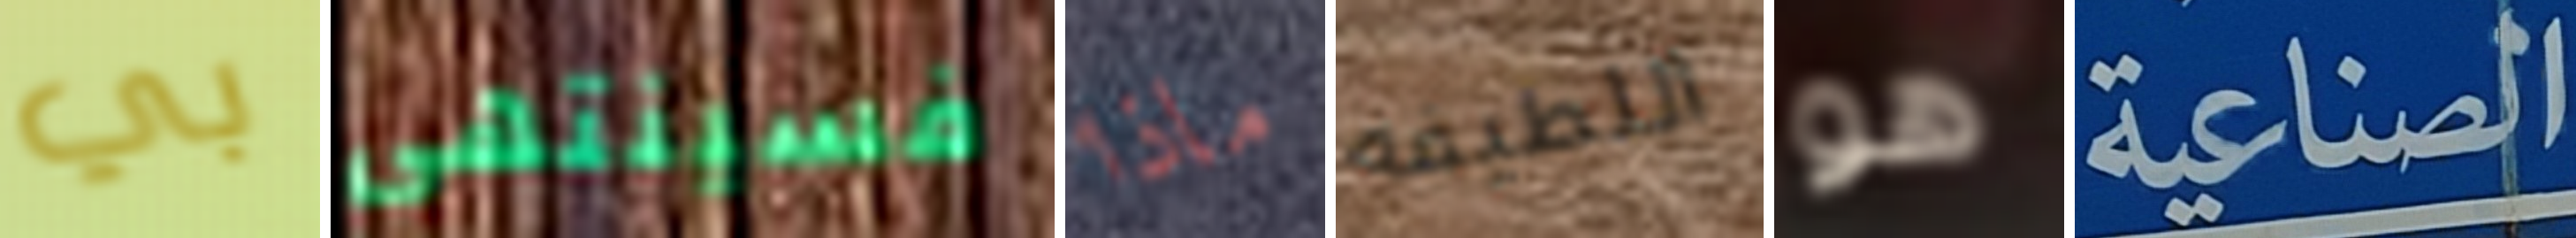
بي فسينتهي ماذا اللطيفه هو الصناعية